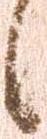
候